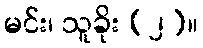
မင်း၊ သူခိုး (၂)။